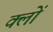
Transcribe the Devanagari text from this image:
क्लों